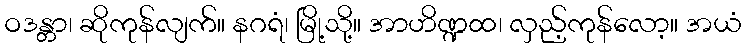
ဝဒန္တာ၊ ဆိုကုန်လျက်။ နဂရံ၊ မြို့သို့။ အာဟိဏ္ဍထ၊ လှည့်ကုန်လော့။ အယံ